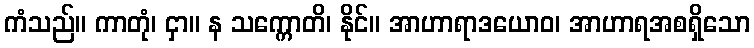
ကံသည်။ ကာတုံ၊ ငှာ။ န သက္ကောတိ၊ နိုင်။ အာဟာရာဒယောဝ၊ အာဟာရအစရှိသော